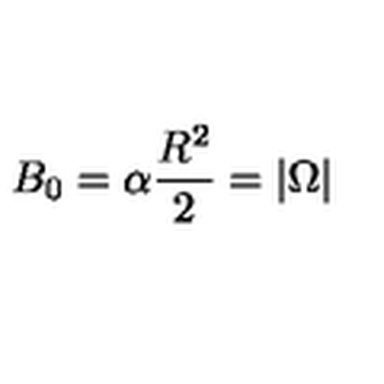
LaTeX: B _ { 0 } = \alpha \frac { R ^ { 2 } } { 2 } = | \Omega |